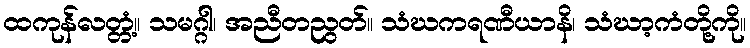
ထကုန်လတ္တံ့။ သမဂ္ဂါ၊ အညီတညွတ်။ သံဃကရဏီယာနိ၊ သံဃာ့ကံတို့ကို။